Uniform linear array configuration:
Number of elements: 32
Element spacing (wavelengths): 0.25
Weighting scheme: kaiser
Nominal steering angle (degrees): -15
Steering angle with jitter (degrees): -16.32
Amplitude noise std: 0.05
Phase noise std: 0.05

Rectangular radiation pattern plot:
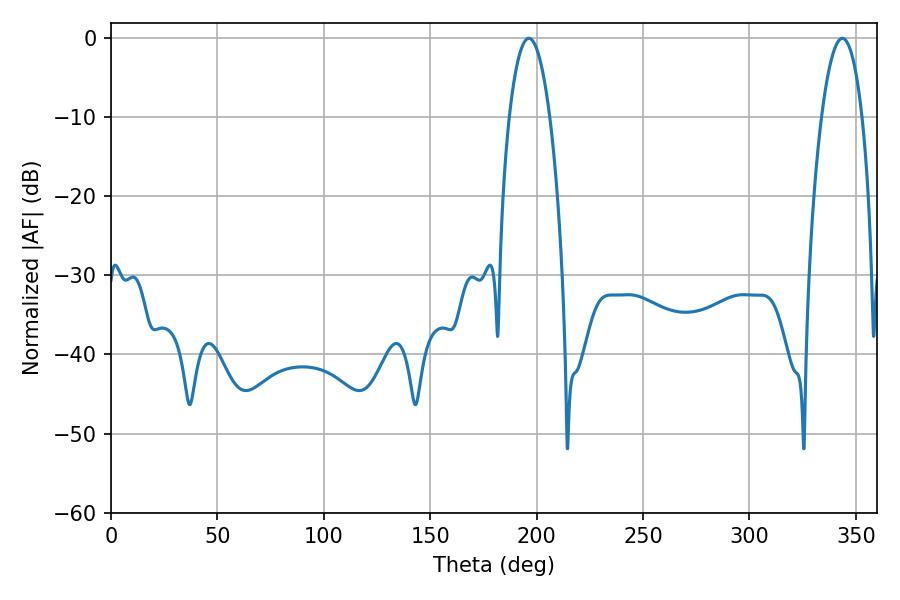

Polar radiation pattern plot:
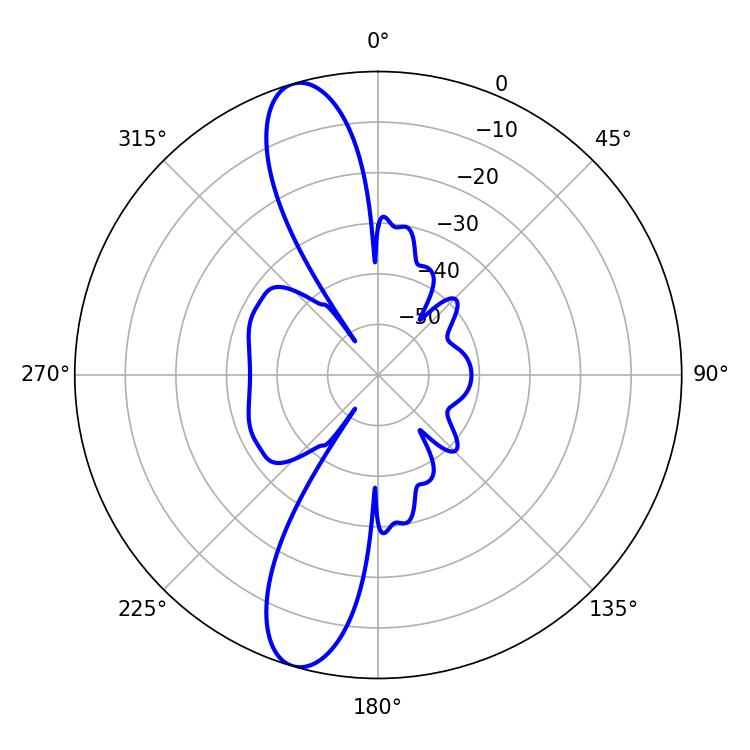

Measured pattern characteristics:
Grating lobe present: FALSE
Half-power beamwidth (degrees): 10.62
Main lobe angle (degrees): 196.38